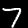
Label: 7